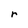
Character: r